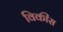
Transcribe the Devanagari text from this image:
विकीस